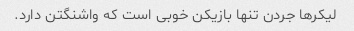
لیکرها جردن تنها بازیکن خوبی است که واشنگتن دارد.